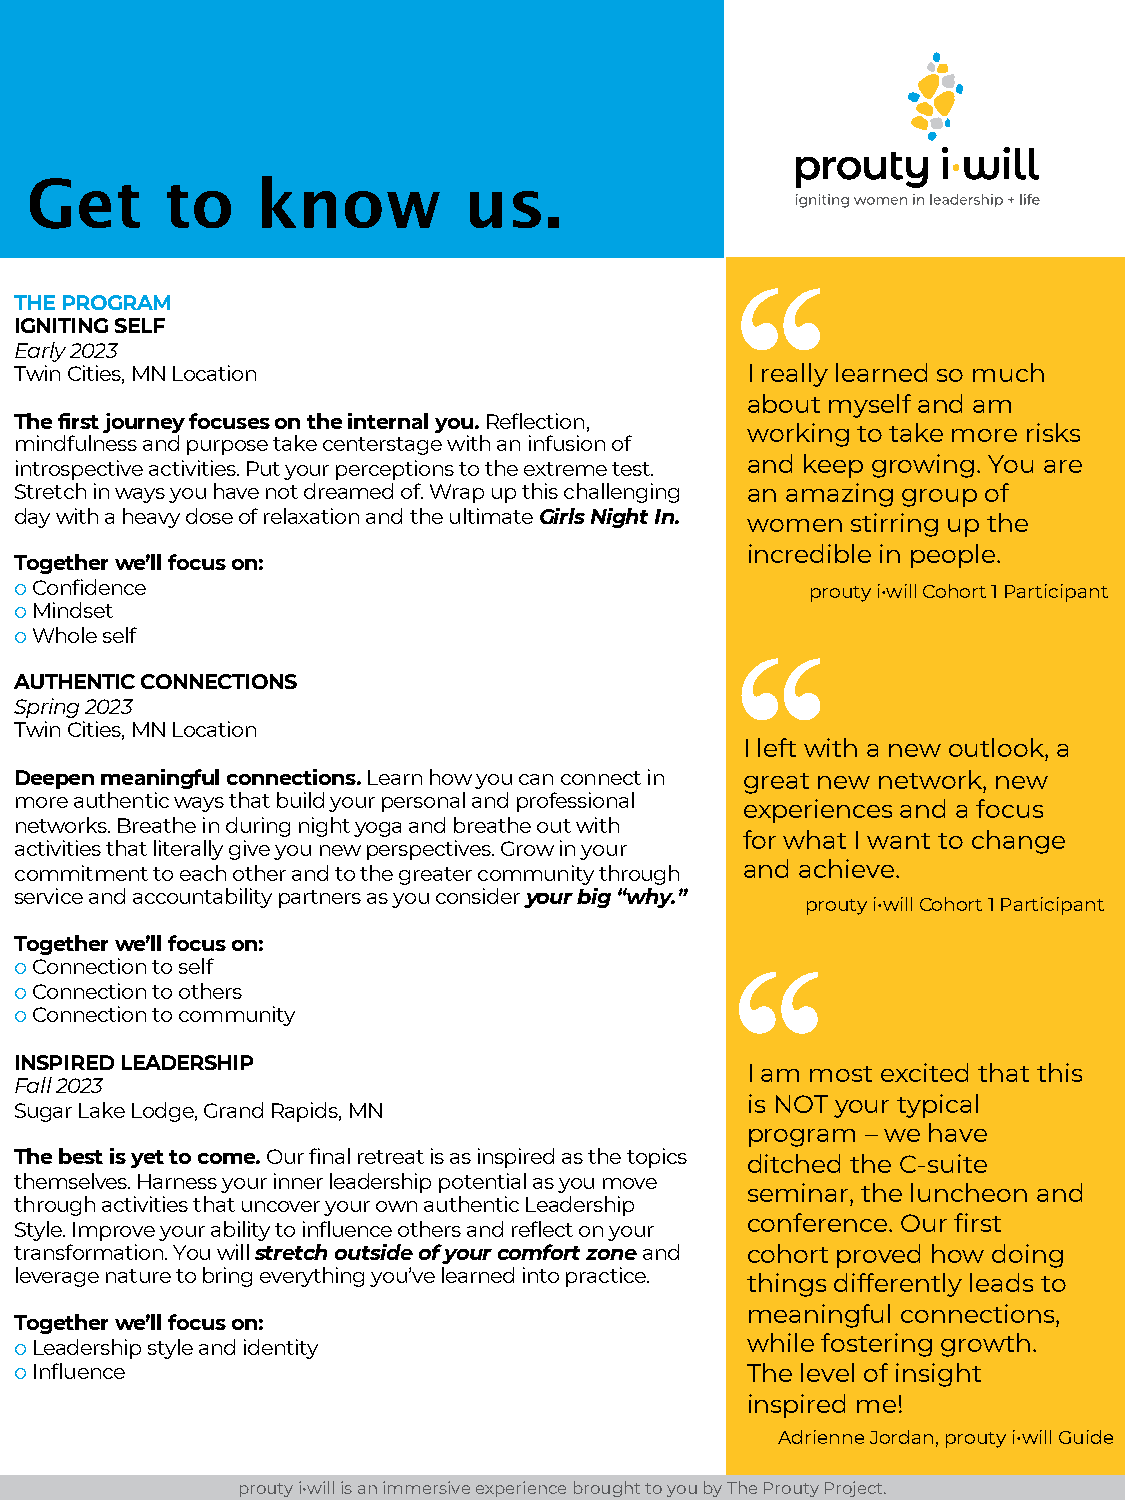
Get      to    know          us.
 “
 THE PROGRAM
 IGNITING SELF
 Early 2023
 Twin Cities, MN Location                        I really learned so much
 about myself and am
 The first journey focuses on the internal you. Reflection,
 working to take more risks
 mindfulness and purpose take centerstage with an infusion of
 introspective activities. Put your perceptions to the extreme test. and keep growing. You are
 Stretch in ways you have not dreamed of. Wrap up this challenging an amazing group of
 day with a heavy dose of relaxation and the ultimateGirls Night In. women stirring up the
 incredible in people.
 Together we’ll focus on:
 o Confidence                                         proutyi•willCohort 1 Participant
 o Mindset
 o Whole self
 “
 AUTHENTIC CONNECTIONS
 Spring 2023
 Twin Cities, MN Location
 I left with a new outlook, a
 Deepen meaningful connections. Learn how you can connect in great new network, new
 more authentic ways that build your personal and professional
 experiences and a focus
 networks. Breathe in during night yoga and breathe out with
 for what I want to change
 activities that literally give you new perspectives. Grow in your
 commitment to each other and to the greater community through and achieve.
 service and accountability partners as you consider your big “why.”
 proutyi•willCohort 1 Participant
 Together we’ll focus on:
 o Connection to self                           “
 o Connection to others
 o Connection to community
 INSPIRED LEADERSHIP
 I am most excited that this
 Fall 2023
 is NOT your typical
 Sugar Lake Lodge, Grand Rapids, MN
 program – we have
 The best is yet to come. Our final retreat is as inspired as the topics
 ditched the C-suite
 themselves. Harness your inner leadership potential as you move
 seminar, the luncheon and
 through activities that uncover your own authentic Leadership
 conference. Our first
 Style. Improve your ability to influence others and reflect on your
 transformation. You will stretch outside of your comfort zone and cohort proved how doing
 leverage nature to bring everything you’ve learned into practice. things differently leads to
 meaningful connections,
 Together we’ll focus on:
 while fostering growth.
 o Leadership style and identity
 o Influence                                     The level of insight
 inspired me!
 Adrienne Jordan, proutyi•willGuide
 proutyi•willis an immersive experience brought to you by The Prouty Project.